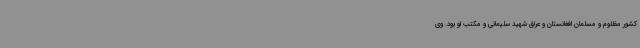
کشور مظلوم و مسلمان افغانستان و عراق شهید سلیمانی و مکتب او بود. وی